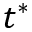
t ^ { \ast }